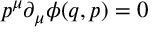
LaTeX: p ^ { \mu } \partial _ { \mu } \phi ( q , p ) = 0